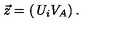
{ \vec { z } } = \left( \begin{matrix} { U _ { i } } \\ { V _ { A } } \\ \end{matrix} \right) .